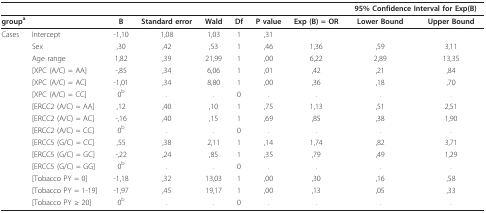
|  |  |  |  |  |  |  |  | <COLSPAN=2> 95% Confidence Interval for Exp(B) |
 | --- | --- | --- | --- | --- | --- | --- | --- | --- | --- |
 | <COLSPAN=2> groupa | B | Standard error | Wald | Df | P value | Exp (B) = OR | Lower Bound | Upper Bound |
 | Cases | Intercept | -1,10 | 1,08 | 1,03 | 1 | ,31 |  |  |  |
 |  | Sex | ,30 | ,42 | ,53 | 1 | ,46 | 1,36 | ,59 | 3,11 |
 |  | Age range | 1,82 | ,39 | 21,99 | 1 | ,00 | 6,22 | 2,89 | 13,35 |
 |  | [XPC (A/C) = AA] | -,85 | ,34 | 6,06 | 1 | ,01 | ,42 | ,21 | ,84 |
 |  | [XPC (A/C) = AC] | -1,01 | ,34 | 8,80 | 1 | ,00 | ,36 | ,18 | ,70 |
 |  | [XPC (A/C) = CC] | 0b | . | . | 0 | . | . | . | . |
 |  | [ERCC2 (A/C) = AA] | ,12 | ,40 | ,10 | 1 | ,75 | 1,13 | ,51 | 2,51 |
 |  | [ERCC2 (A/C) = AC] | -,16 | ,40 | ,15 | 1 | ,69 | ,85 | ,38 | 1,90 |
 |  | [ERCC2 (A/C) = CC] | 0b | . | . | 0 | . | . | . | . |
 |  | [ERCC5 (G/C) = CC] | ,55 | ,38 | 2,11 | 1 | ,14 | 1,74 | ,82 | 3,71 |
 |  | [ERCC5 (G/C) = GC] | -,22 | ,24 | ,85 | 1 | ,35 | ,79 | ,49 | 1,29 |
 |  | [ERCC5 (G/C) = GG] | 0b | . | . | 0 | . | . | . | . |
 |  | [Tobacco PY = 0] | -1,18 | ,32 | 13,03 | 1 | ,00 | ,30 | ,16 | ,58 |
 |  | [Tobacco PY = 1-19] | -1,97 | ,45 | 19,17 | 1 | ,00 | ,13 | ,05 | ,33 |
 |  | [Tobacco PY ≥ 20] | 0b | . | . | 0 | . | . | . | . |